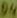
Text: D4